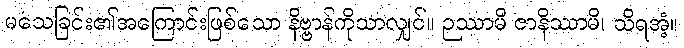
မသေခြင်း၏အကြောင်းဖြစ်သော နိဗ္ဗာန်ကိုသာလျှင်။ ဉဿာမိ ဇာနိဿာမိ၊ သိရအံ့။